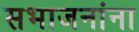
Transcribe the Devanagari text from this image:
सभाजनांना